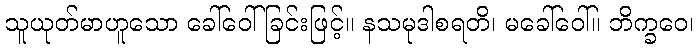
သူယုတ်မာဟူသော ခေါ်ဝေါ်ခြင်းဖြင့်။ နသမုဒါစရတိ၊ မခေါ်ဝေါ်။ ဘိက္ခဝေ၊